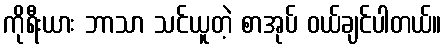
ကိုရီးယား ဘာသာ သင်ယူတဲ့ စာအုပ် ဝယ်ချင်ပါတယ်။